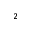
_ { 2 }